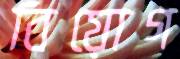
বিয়োগ